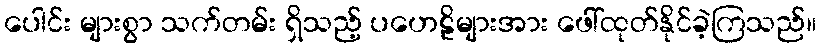
ပေါင်း များစွာ သက်တမ်း ရှိသည့် ပဟေဠိများအား ဖေါ်ထုတ်နိုင်ခဲ့ကြသည်။